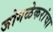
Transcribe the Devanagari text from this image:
जोगळेकरांचा